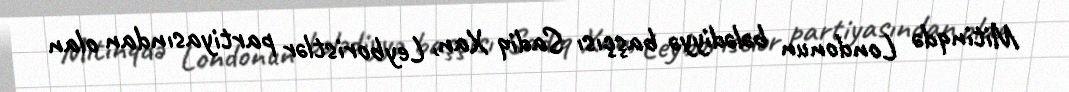
Mitinqdə Londonun bələdiyyə başçısı Sadiq Xan, Leyboristlər partiyasından olan